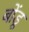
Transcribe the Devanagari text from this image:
बोंडू